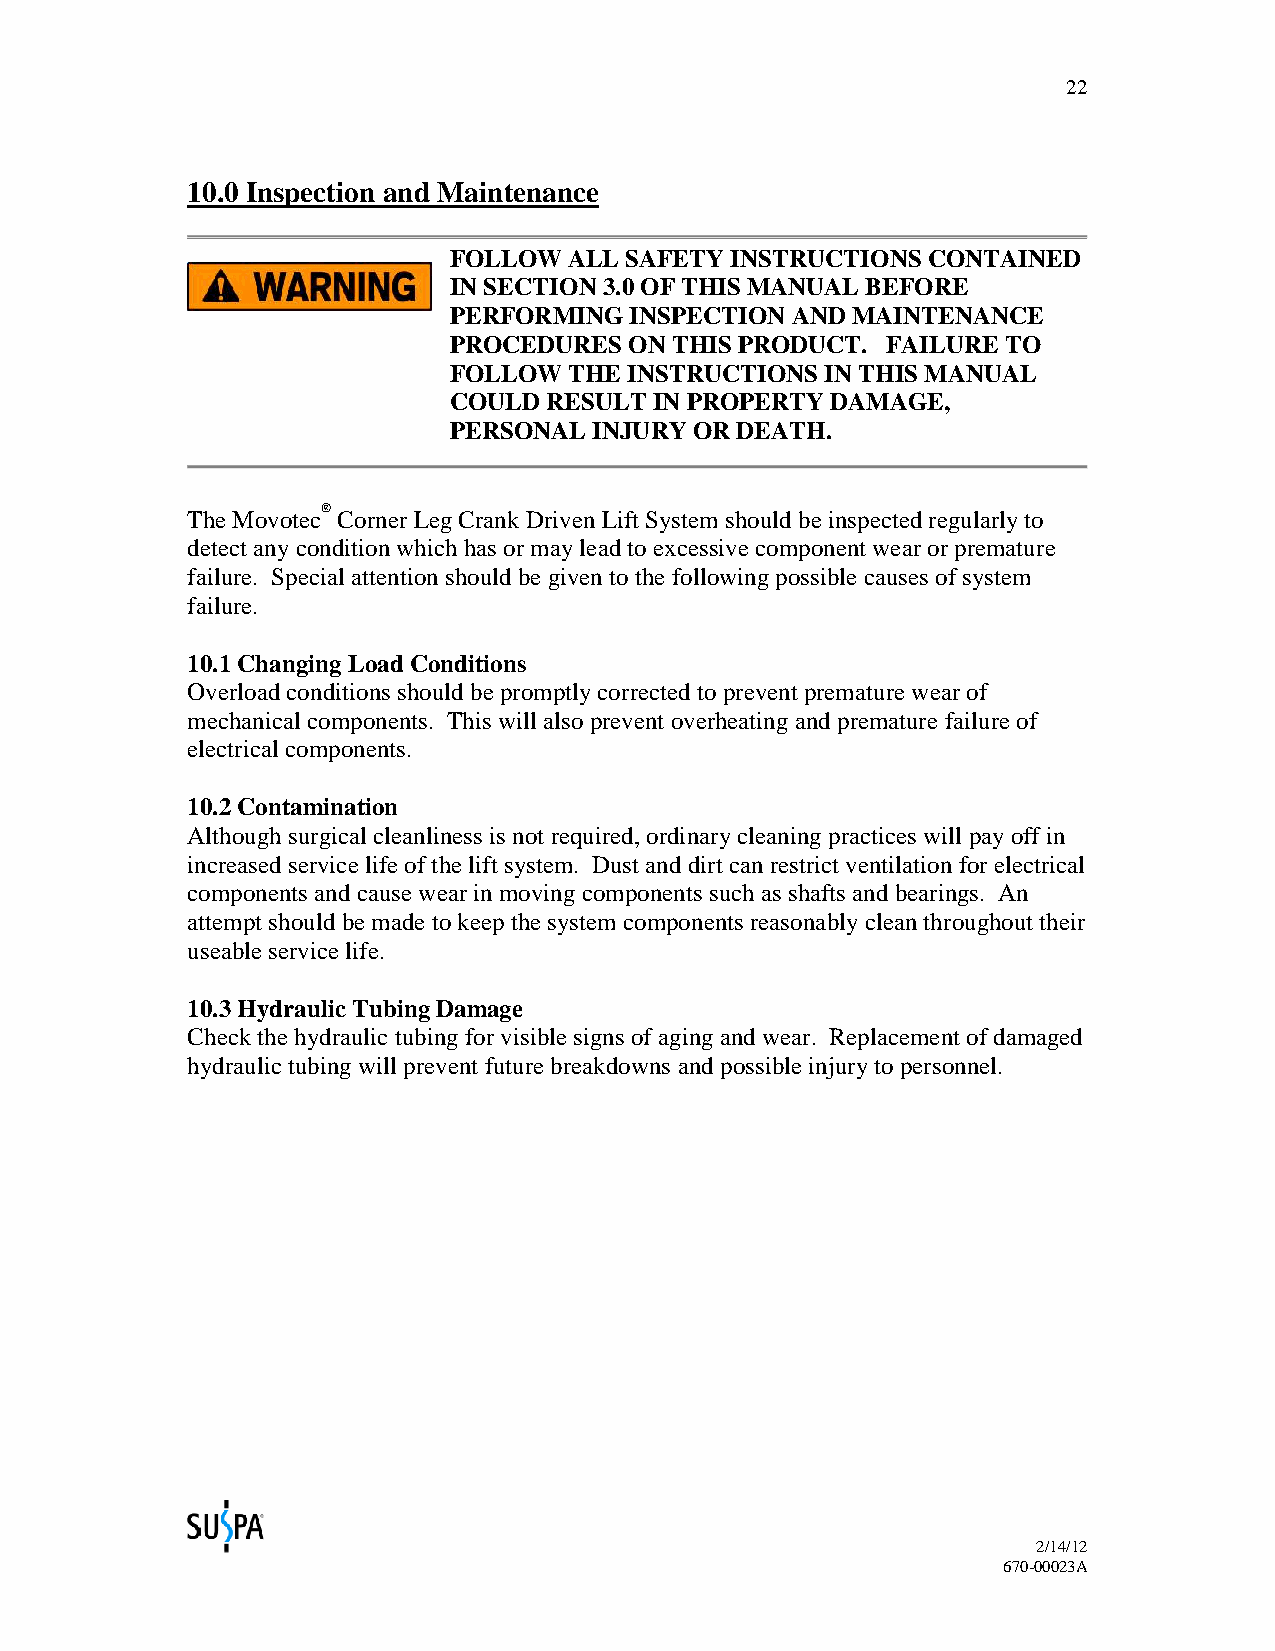
22
 10.0 Inspection and Maintenance
 FOLLOW  ALL SAFETY INSTRUCTIONS CONTAINED
 IN SECTION 3.0 OF THIS MANUAL BEFORE
 PERFORMING  INSPECTION AND MAINTENANCE
 PROCEDURES  ON THIS PRODUCT. FAILURE TO
 FOLLOW  THE INSTRUCTIONS IN THIS MANUAL
 COULD RESULT IN PROPERTY DAMAGE,
 PERSONAL INJURY OR DEATH.
 ®
 The Movotec Corner Leg Crank Driven Lift System should be inspected regularly to
 detect any condition which has or may lead to excessive component wear or premature
 failure. Special attention should be given to the following possible causes of system
 failure.
 10.1 Changing Load Conditions
 Overload conditions should be promptly corrected to prevent premature wear of
 mechanical components. This will also prevent overheating and premature failure of
 electrical components.
 10.2 Contamination
 Although surgical cleanliness is not required, ordinary cleaning practices will pay off in
 increased service life of the lift system. Dust and dirt can restrict ventilation for electrical
 components and cause wear in moving components such as shafts and bearings. An
 attempt should be made to keep the system components reasonably clean throughout their
 useable service life.
 10.3 Hydraulic Tubing Damage
 Check the hydraulic tubing for visible signs of aging and wear. Replacement of damaged
 hydraulic tubing will prevent future breakdowns and possible injury to personnel.
 2/14/12
 670-00023A